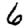
Digit: 6